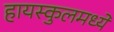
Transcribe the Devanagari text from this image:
हायस्कुलमध्ये